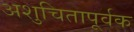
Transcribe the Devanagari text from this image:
अशुचितापूर्वक